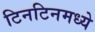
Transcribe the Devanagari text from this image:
टिनटिनमध्ये